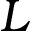
L